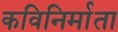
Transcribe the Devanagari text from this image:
कविनिर्माता